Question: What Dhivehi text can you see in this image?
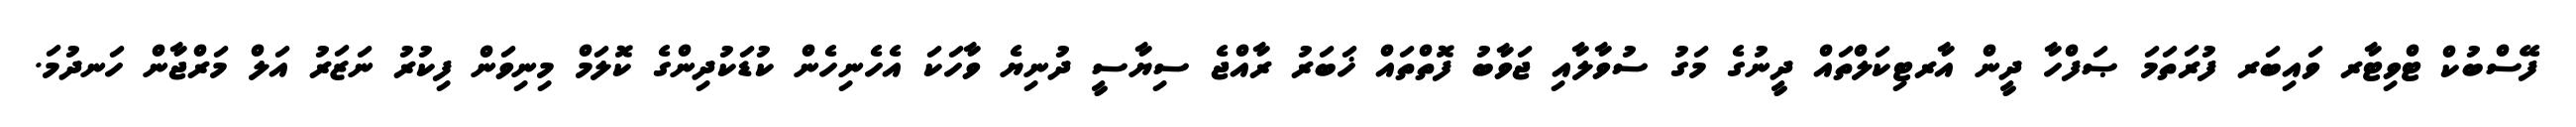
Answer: ފޭސްބުކް ޓްވިޓާރ ވައިބަރ ފުރަތަމަ ޞަފްހާ ދީން އާރޓިކަލްތައް ދީނުގެ މަގު ސުވާލާއި ޖަވާބު ފޮތްތައް ޚަބަރު ރާއްޖެ ސިޔާސީ ދުނިޔެ ވާހަކަ އެހެނިހެން ކުޑަކުދިންގެ ކޮލަމް މިނިވަން ފިކުރު ނަޒަރު އަލް މަރްޖާން ހަނދުމަ.